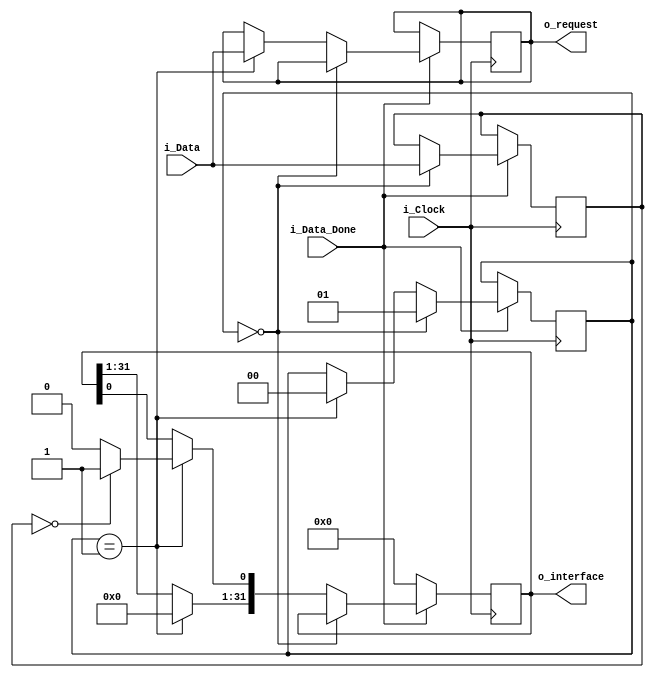

/*
Modulo que recebe as duas entradas de 8 bits do RX e armazena temporariamente,
a depender da primeira entrada que  o endereo, este modulo ir ativar a interface
do sensor selecionado e passar a requesio pedida.
*/


module selector (
	input i_Clock,
	input [7:0] i_Data, // Dado do rx
	input i_Data_Done, // Entrada para saber que o RX terminou de receber um dado
	output [7:0] o_request, // Saida da requisio
	output [31:0] o_interface // Sada a qual o bit referente a interface a ser utilizada ser ativada
);

				
reg [7:0] 		address		= 8'd0;
reg [7:0]		request		= 8'd0;
reg [1:0]		count			= 2'd0;
reg [31:0]		r_interface	= 31'd0;
reg				r_done = 1'b0;


assign o_request 		 = request;
assign o_interface    = r_interface;

always @(posedge i_Clock) begin
		if (i_Data_Done == 1'b1)begin //Se for o primeira dado  o byte de endereo 
			if (count == 2'b00)  begin
					address <= i_Data; // Armazena no reg de endereo
					count <= 2'b01;
					end
			 else if (count == 2'b01) begin // Se for o segundo dado  o byte de requisia 
					request <= i_Data; // Armazena no reg de requisio
					count <= 2'b00; // Zera-se o contador
					r_interface = 32'd0;
					if (address == 8'b00000000) begin // Se o endereo for 0 ativa a primeira interface (e unica at o momento)
						r_interface[0] <= 1'b1;
					end
			 end

		   end
		else begin
			r_interface <= 32'd0;
		end
end


endmodule